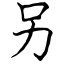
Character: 另